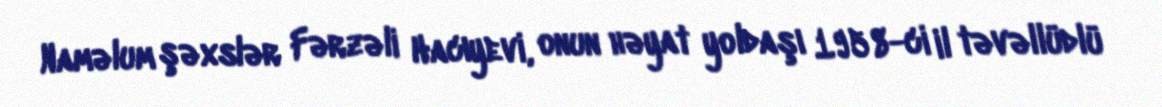
Naməlum şəxslər Fərzəli Hacıyevi, onun həyat yoldaşı 1958-ci il təvəllüdlü